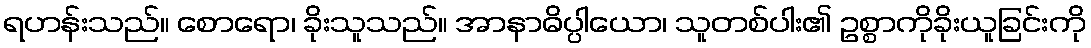
ရဟန်းသည်။ စောရော၊ ခိုးသူသည်။ အာနာဓိပ္ပါယော၊ သူတစ်ပါး၏ ဥစ္စာကိုခိုးယူခြင်းကို